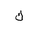
Letter: _kaf